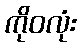
ကိုဝလုံး